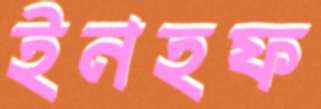
ইনহফ